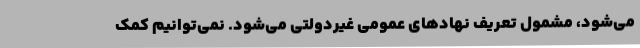
می‌شود، مشمول تعریف نهادهای عمومی غیردولتی می‌شود. نمی‌توانیم کمک